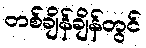
တစ်ချိန်ချိန်တွင်